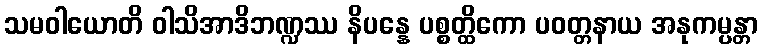
သမဝါယောတိ ဝါသိအာဒိဘဏ္ဍဿ နိပန္နေ ပစ္စတ္ထိကော ပဝတ္တနာယ အနုကမ္ပန္တာ